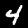
Label: 4